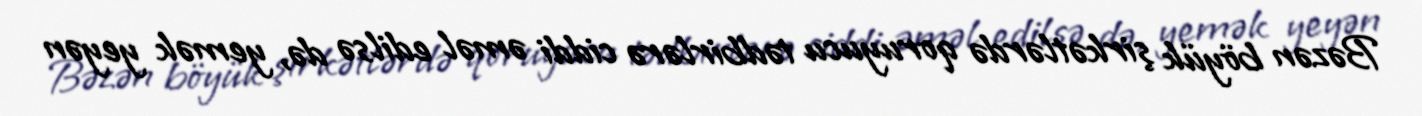
Bəzən böyük şirkətlərdə qoruyucu tədbirlərə ciddi əməl edilsə də, yemək yeyən